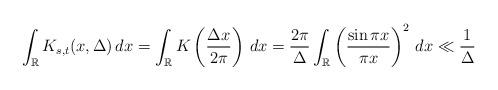
LaTeX: \begin{align*}\int_{\mathbb{R}} K_{s,t}(x, \Delta) \,dx= \int_{\mathbb{R}} K \left(\frac{\Delta x}{2\pi} \right) \,dx= \frac{2\pi}{\Delta} \int_{\mathbb{R}} \left(\frac{\sin \pi x}{\pi x}\right)^2 \,dx\ll \frac{1}{\Delta}\end{align*}